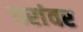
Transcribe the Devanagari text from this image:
चरांवर